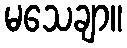
မသေချာ။